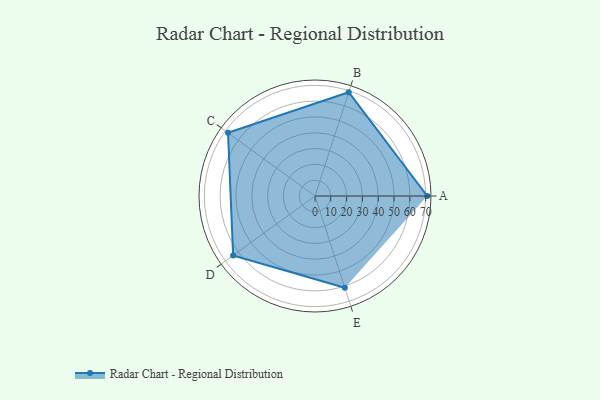
{"axis": {"x": "Skill", "y": "Score"}, "legend": ["Profile"], "data": [{"x": "A", "y": 71.0, "type": "Profile"}, {"x": "B", "y": 69.0, "type": "Profile"}, {"x": "C", "y": 68.0, "type": "Profile"}, {"x": "D", "y": 64.0, "type": "Profile"}, {"x": "E", "y": 61.0, "type": "Profile"}]}